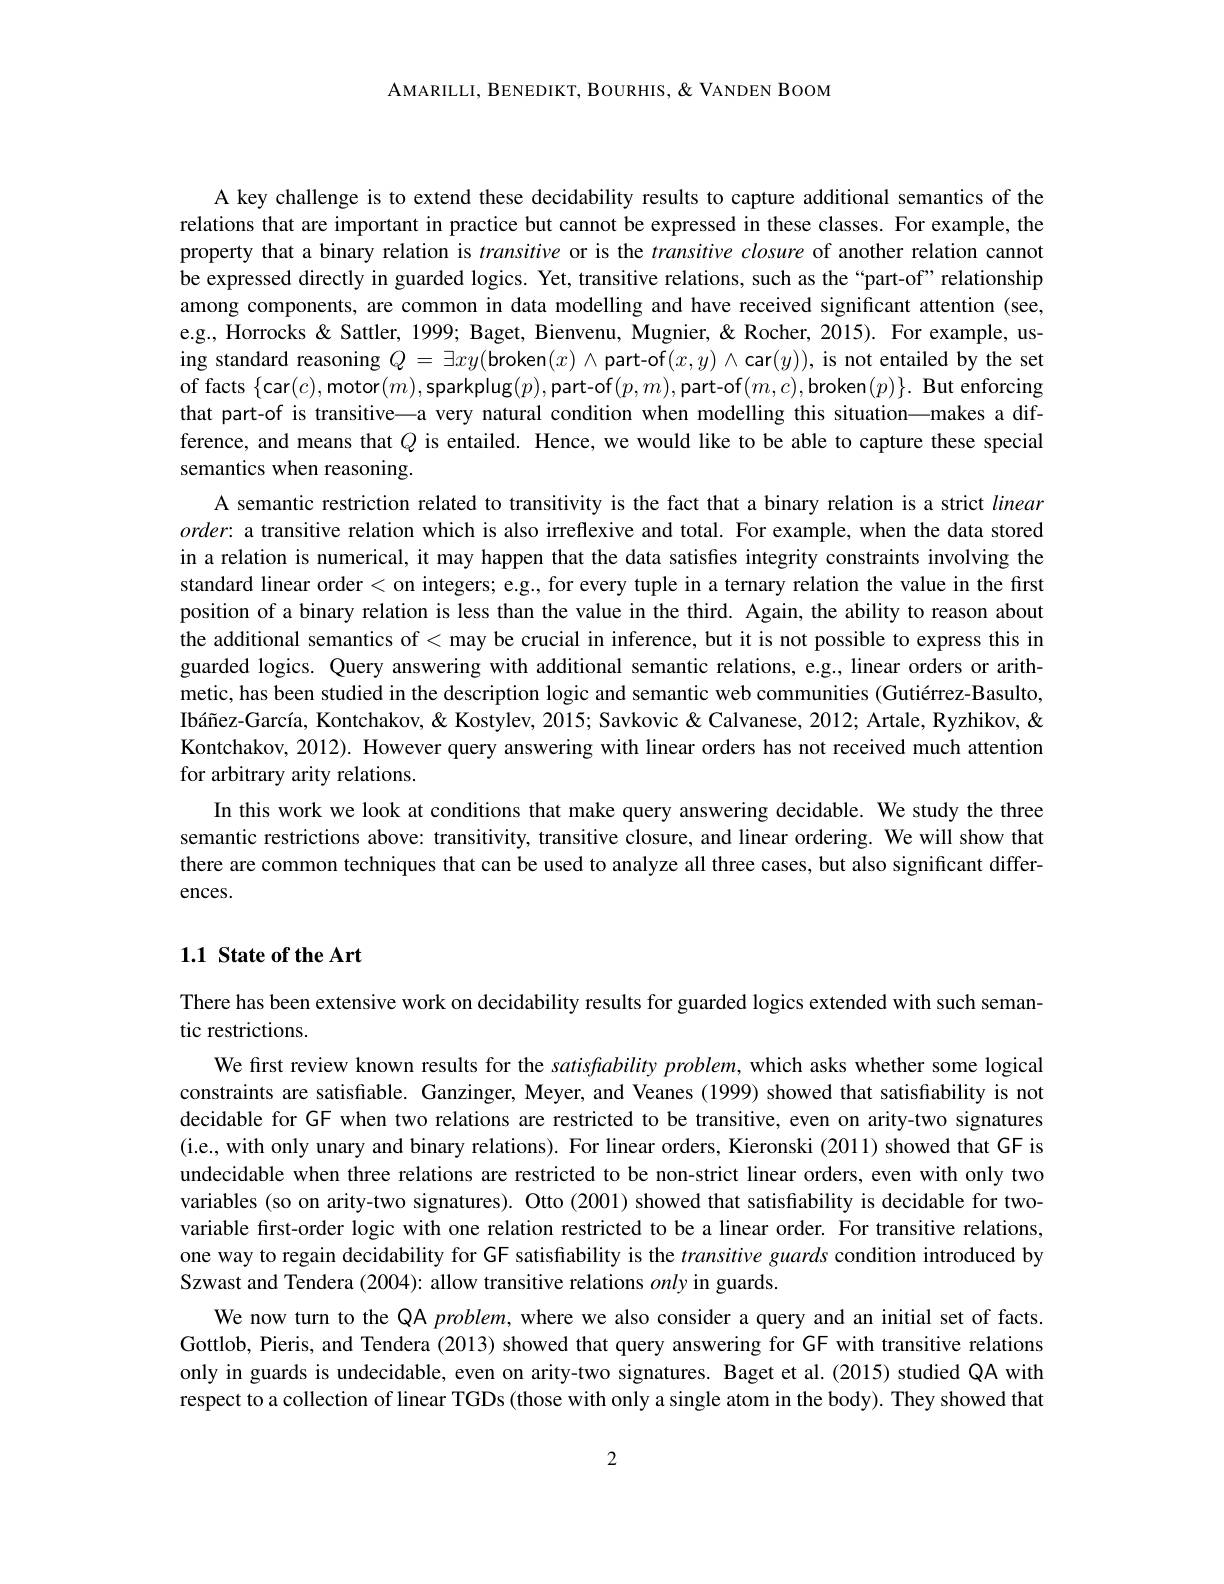
AMARILLI, BENEDIKT, BOURHIS, $\&$ VANDEN BOOM

A key challenge is to extend these decidability results to capture additional semantics of the relations that are important in practice but cannot be expressed in these classes. For example, the property that a binary relation is transitive or is the transitive closure of another relation cannot be expressed directly in guarded logics. Yet, transitive relations, such as the“part-of” relationship among components, are common in data modelling and have received significant attention (see, e.g., Horrocks & Sattler, 1999; Baget, Bienvenu, Mugnier, & Rocher, 2015). For example, us- $\begin{array}{rcl}{\text{ing standard reasoning }Q=\exists xy(\text{broken}(x)\wedge\text{part-of}(x,y)\wedge\text{car}(y)),\text{is not entailed by the set}}\\{\text{of facts }\{\mathrm{car}(c),\mathrm{motor}(m),\text{sparkplug}(p),\text{part-of}(p,m),\text{part-of}(m,c),\text{broken}(p)\}.\text{ But enforcing}}\end{array}$ that part-of is transitive—a very natural condition when modelling this situation—makes a difference, and means that $Q$ is entailed. Hence, we would like to be able to capture these special semantics when reasoning.
A semantic restriction related to transitivity is the fact that a binary relation is a strict linear $order:$ a transitive relation which is also irreflexive and total. For example, when the data stored in a relation is numerical, it may happen that the data satisfies integrity constraints involving the standard linear order < on integers; e.g., for every tuple in a ternary relation the value in the first position of a binary relation is less than the value in the third. Again, the ability to reason about the additional semantics of < may be crucial in inference, but it is not possible to express this in guarded logics. Query answering with additional semantic relations, e.g., linear orders or arithmetic, has been studied in the description logic and semantic web communities (Gutiérrez-Basulto, Ibáñez-García, Kontchakov, & Kostylev, 2015; Savkovic & Calvanese, 2012; Artale, Ryzhikov, & Kontchakov, 2012). However query answering with linear orders has not received much attention for arbitrary arity relations.
In this work we look at conditions that make query answering decidable. We study the three semantic restrictions above: transitivity, transitive closure, and linear ordering. We will show that there are common techniques that can be used to analyze all three cases, but also significant differences.

## 1.1 State of the Art

There has been extensive work on decidability results for guarded logics extended with such seman-
tic restrictions.
We first review known results for the satisfability problem, which asks whether some logical constraints are satisfiable. Ganzinger, Meyer, and Veanes (1999) showed that satisfiability is not decidable for GF when two relations are restricted to be transitive, even on arity-two signatures (i.e., with only unary and binary relations). For linear orders, Kieronski (2011) showed that GF is undecidable when three relations are restricted to be non-strict linear orders, even with only two variables (so on arity-two signatures). Otto (2001) showed that satisfiability is decidable for twovariable first-order logic with one relation restricted to be a linear order. For transitive relations, one way to regain decidability for GF satisfiability is the transitive guards condition introduced by Szwast and Tendera (2004): allow transitive relations only in guards.
We now turn to the QA $problem$, where we also consider a query and an initial set of facts. Gottlob, Pieris, and Tendera (2013) showed that query answering for GF with transitive relations only in guards is undecidable, even on arity-two signatures. Baget et al.(2015) studied QA with respect to a collection of linear TGDs (those with only a single atom in the body). They showed that

2